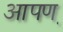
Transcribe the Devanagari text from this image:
आपण़